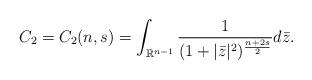
LaTeX: \begin{align*}C_2=C_2(n,s)=\int_{\mathbb{R}^{n-1}}{\frac{1}{(1+|\bar{z}|^2)^{\frac{n+2s}{2}}}d\bar{z}}.\end{align*}